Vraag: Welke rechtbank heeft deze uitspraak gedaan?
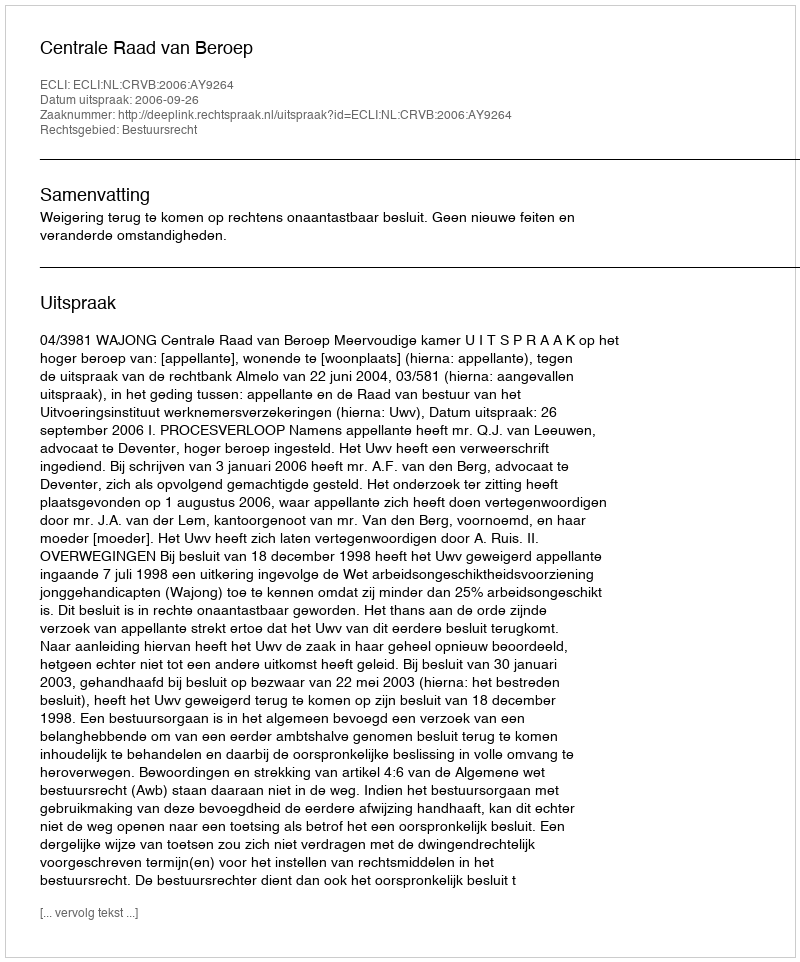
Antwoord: Centrale Raad van Beroep